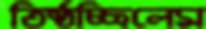
তিষ্ঠচ্ছিলেম